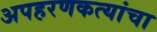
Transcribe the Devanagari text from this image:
अपहरणकत्यांचा